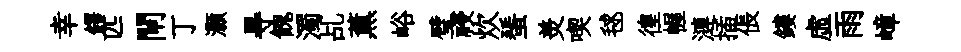
幸鐸匹閘丁灝㝵餽濁乩薫峪璧祲炊蜑羙喫毬徨幄漣插倀鏤虚雨嶂